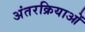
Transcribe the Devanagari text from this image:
अंतरक्रियाओं